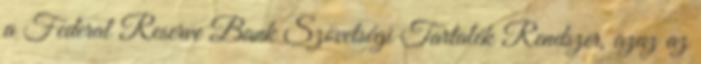
a Federal Reserve Bank Szövetségi Tartalék Rendszer, azaz az